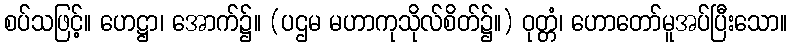
စပ်သဖြင့်။ ဟေဋ္ဌာ၊ အောက်၌။ (ပဌမ မဟာကုသိုလ်စိတ်၌။) ဝုတ္တံ၊ ဟောတော်မူအပ်ပြီးသော။